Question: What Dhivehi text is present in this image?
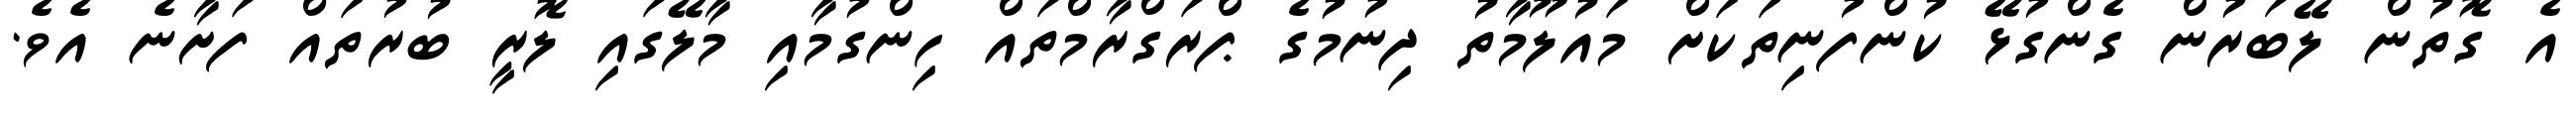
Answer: އެ ގޮތުން ލޭބަރުން ގެންގުޅޭ ކުންފުނިތަކަށް މައުލޫމާތު ދިނުމުގެ ޕްރަގްރާމްތައް ހިންގުމާއި މާލޭގައި ލޮރީ ބުރުތައް ފަށާނެ އެވެ.